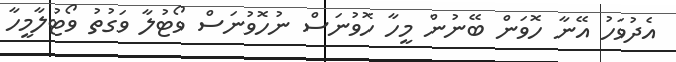
އެދުވަހު އޭނާ ހޮވަން ބޭނުން މީހާ ހޮވުނަސް ނުހޮވުނަސް ވޯޓުލާ ވަގުތު ވޯޓުލާމީހާ